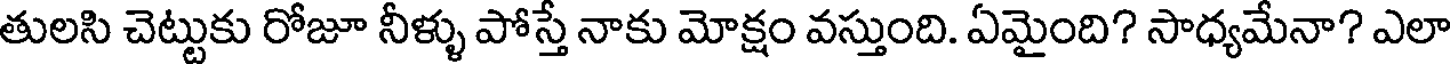
తులసి చెట్టుకు రోజూ నీళ్ళు పోస్తే నాకు మోక్షం వస్తుంది. ఏమైంది? సాధ్యమేనా? ఎలా